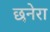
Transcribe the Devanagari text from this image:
छनेरा